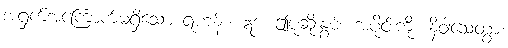
အရှက်အကြောက်မရှိသော ရဟန်း။ ဣဒံ၊ ဤပုဆိုးနွမ်း အပိုင်းကို။ နိဝါသေတွာ၊